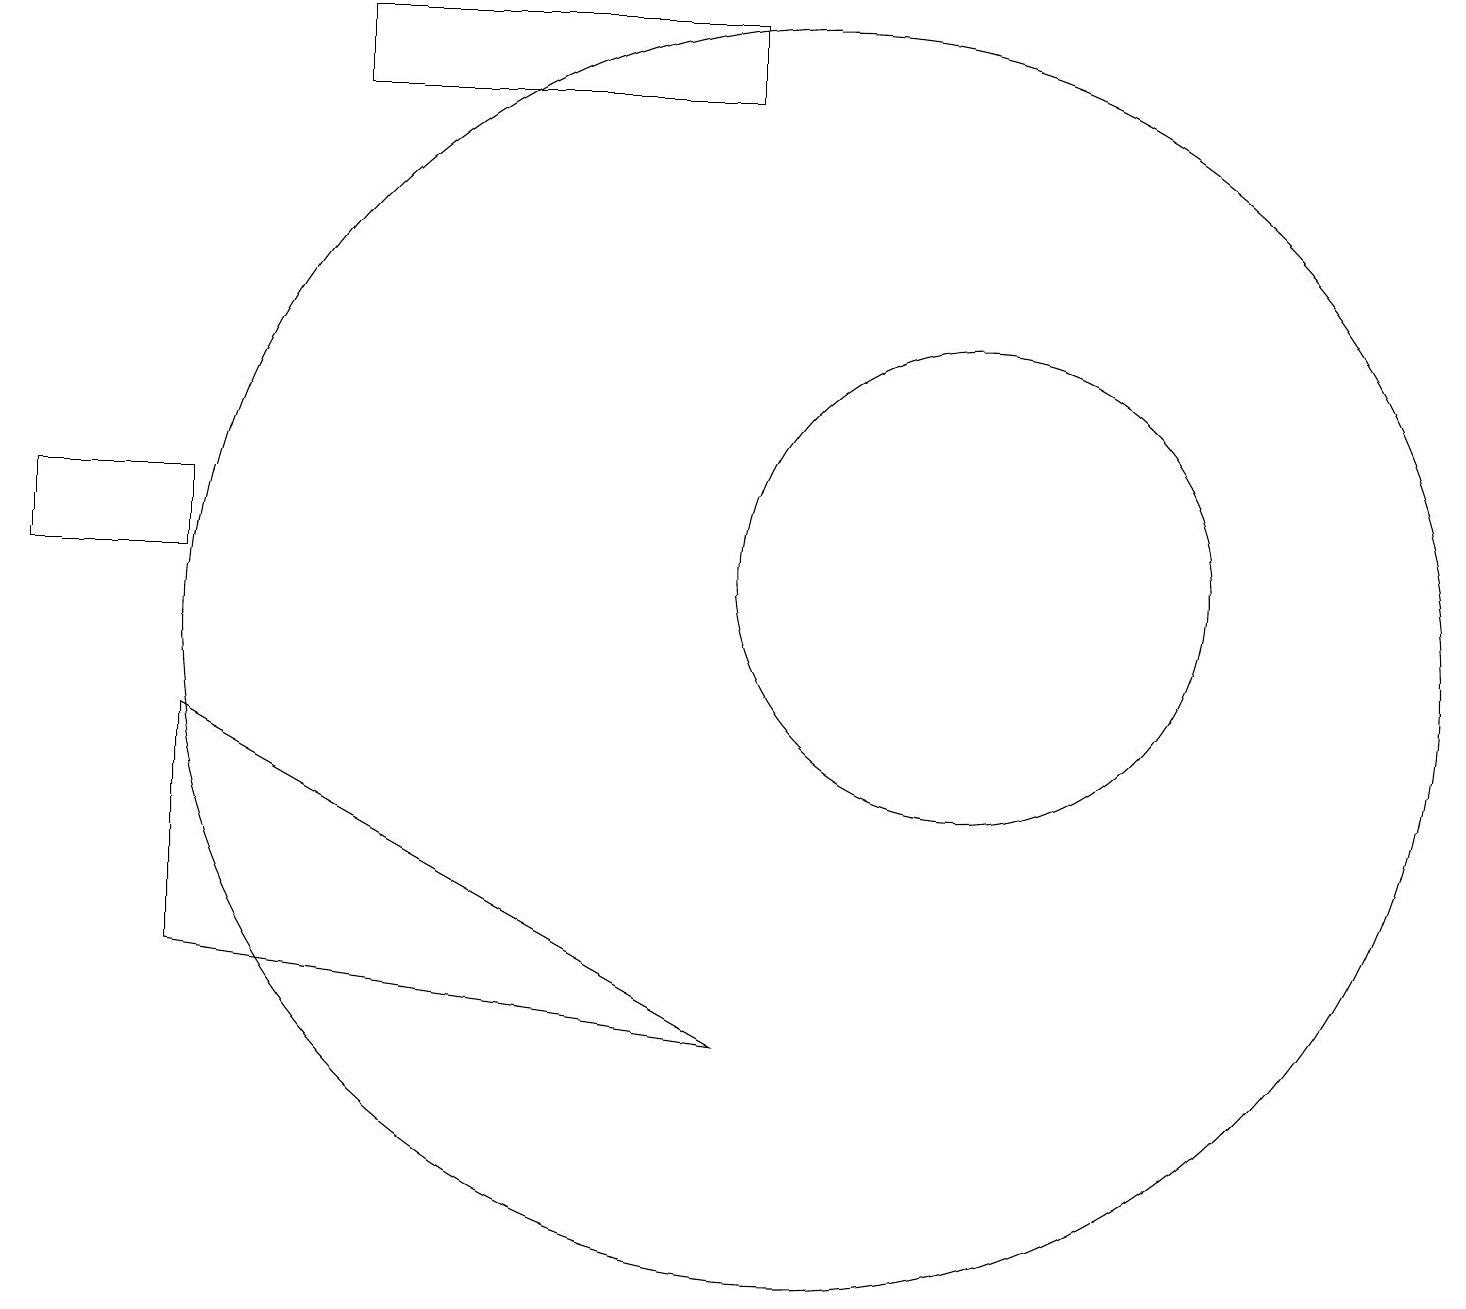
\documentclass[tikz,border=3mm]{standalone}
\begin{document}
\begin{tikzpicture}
\draw (12,11) circle (3);
\draw (0,11) rectangle (2,12);
\draw (2,9) -- (2,6) -- (9,5) -- cycle;
\draw (4,18) rectangle (9,17);
\draw (10,10) circle (8);
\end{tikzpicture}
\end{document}